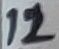
Text: 12